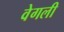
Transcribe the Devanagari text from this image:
वेगली